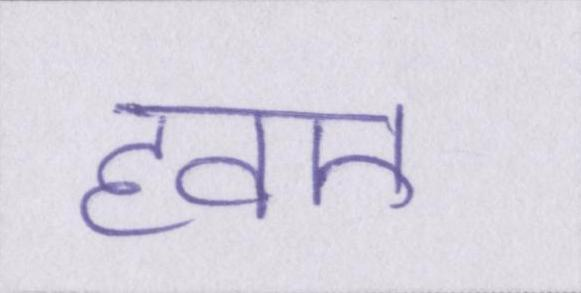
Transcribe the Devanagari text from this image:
हवए